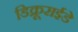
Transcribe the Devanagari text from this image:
डिक्रूराईडे